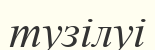
тузілуі